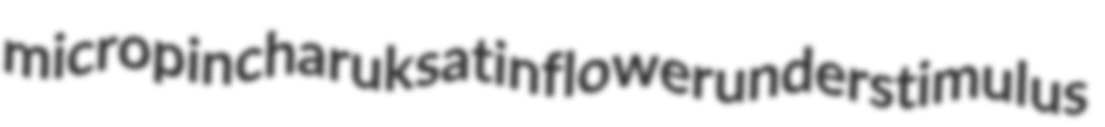
micropin charuk satinflower understimulus